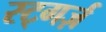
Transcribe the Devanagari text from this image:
रट्गर्ज़